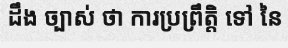
ដឹង ច្បាស់ ថា ការប្រព្រឹត្តិ ទៅ នៃ